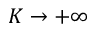
K \rightarrow + \infty